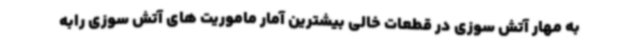
به مهار آتش سوزی در قطعات خالی بیشترین آمار ماموریت های آتش سوزی رابه